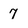
Character: 7